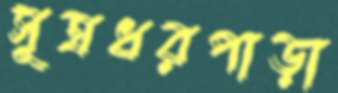
সূত্রধরপাড়া